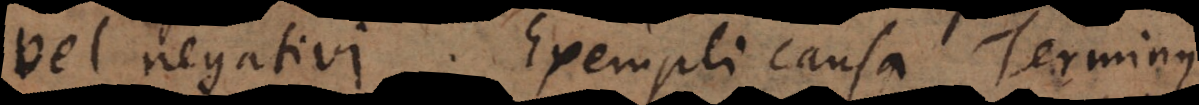
vel negativi. Exempli causa Terminus